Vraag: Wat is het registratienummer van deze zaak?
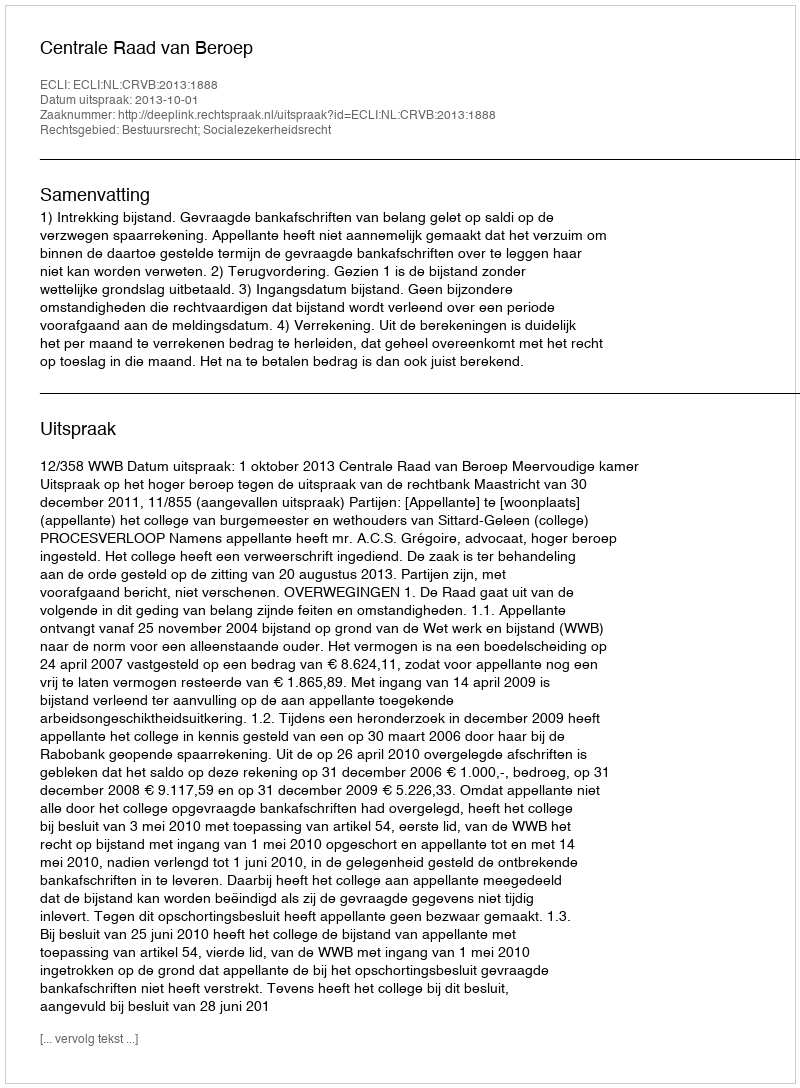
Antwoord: http://deeplink.rechtspraak.nl/uitspraak?id=ECLI:NL:CRVB:2013:1888